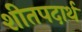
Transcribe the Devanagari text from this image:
शीतपदार्थ